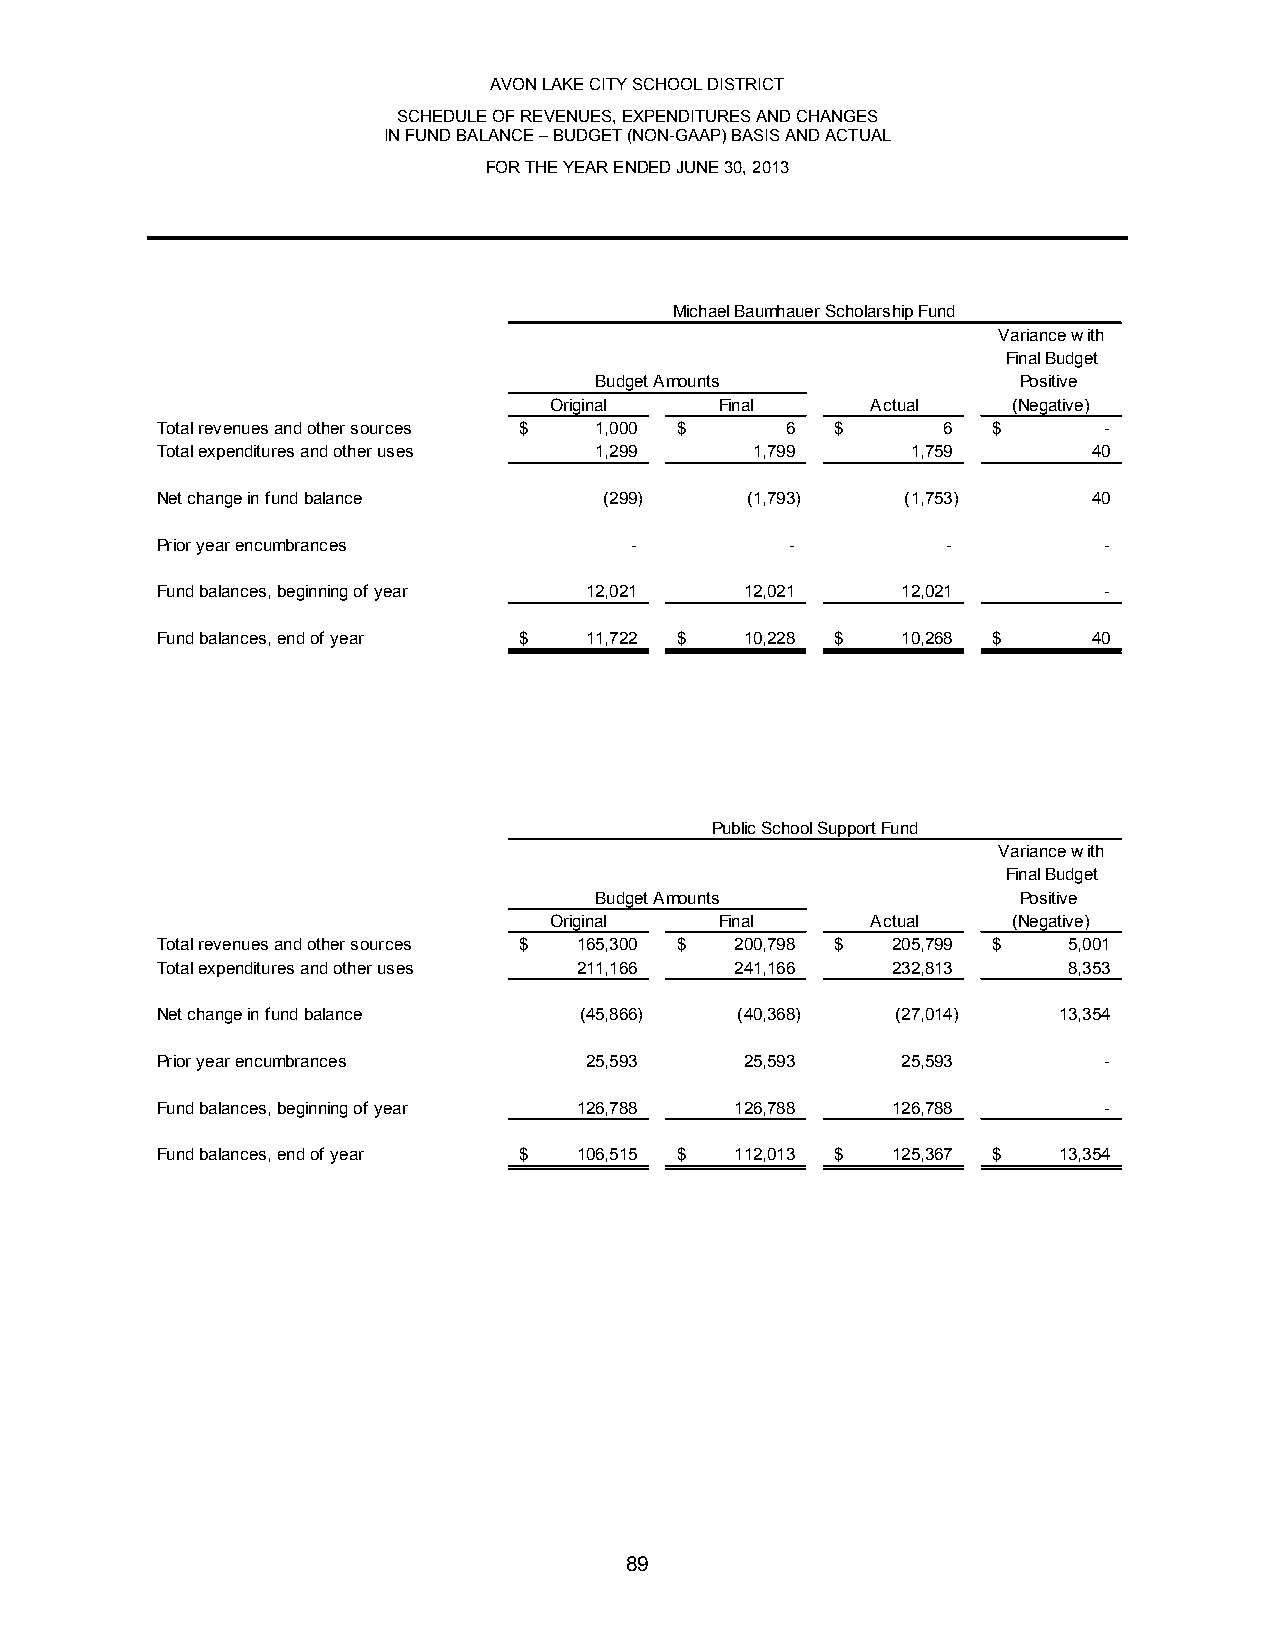
AVON LAKE CITY SCHOOL DISTRICT
 SCHEDULE OF REVENUES, EXPENDITURES AND CHANGES
 IN FUND BALANCE – BUDGET (NON-GAAP) BASIS AND ACTUAL
 FOR THE YEAR ENDED JUNE 30, 2013
 Michael Baumhauer Scholarship Fund
 Variance with
 Final Budget
 Budge t Amounts              Positive
 Original    Final     Actual   (Negative)
 Total revenues and other sources $ 1,000 $ 6 $      6   $      -
 Total expenditures and other uses 1,299 1,799     1,759       40
 Net change in fund balance    ( 299)   ( 1,793)   ( 1,753)    40
 Prior year encumbrances         -         -          -         -
 Fund balances, beginning of year 12,021 12,021    12,021       -
 Fund balances, end of year $ 11,722 $  10,228 $   10,268 $    40
 Public School Support Fund
 Variance with
 Final Budget
 Budget Amounts               Positive
 Original    Final     Actual   (Negative)
 Total revenues and other sources $ 165,300 $ 200,798 $ 205,799 $ 5,001
 Total expenditures and other uses 211,166 241,166 232,813    8,353
 Net change in fund balance  ( 45,866)  ( 40,368) ( 27,014)  13,354
 Prior year encumbrances      25,593    25,593     25,593       -
 Fund balances, beginning of year 126,788 126,788 126,788       -
 Fund balances, end of year $ 106,515 $ 112,013 $ 125,367 $  13,354
 89